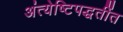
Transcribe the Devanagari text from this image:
अंत्येष्टिपद्धतींत